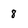
Character: 8